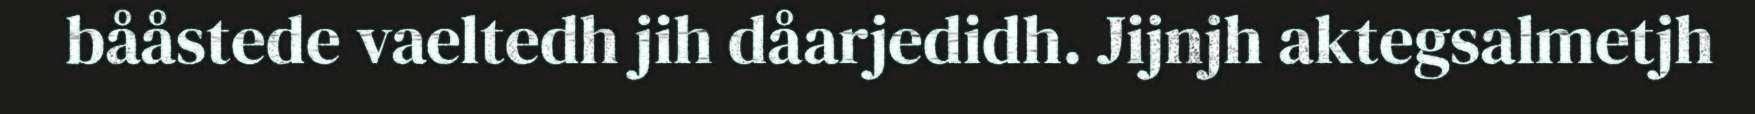
bååstede vaeltedh jih dåarjedidh. Jijnjh aktegsalmetjh